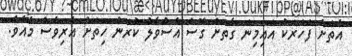
އެތަށް ފަހަރަކު އައިމިނަ ގާތަށް ގޮސް އެސުވާލު ކުރަން ހިތަށް އެރިވެސް މެއެވެ.